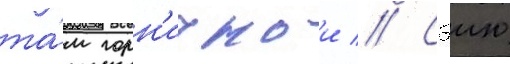
та́м горн'ичнои // Сэию